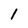
Character: 1